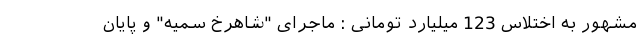
مشهور به اختلاس 123 میلیارد تومانی : ماجرای "شاهرخ سمیه" و پایان